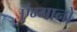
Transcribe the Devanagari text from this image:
एंग्गानो